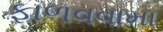
ફાળવવામા